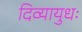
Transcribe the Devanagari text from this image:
दिव्यायुधः